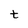
Character: t